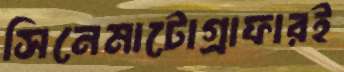
সিনেমাটোগ্রাফারই